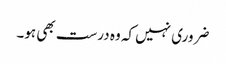
ضروری نہیں کہ وہ درست بھی ہو۔